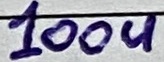
Text: 100u